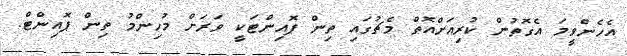
އެހެންވީމަ އެގޮތުން ކުރިއަށްއޮތް މެޗުގައި ތިން ޕޮއިންޓަކީ ވަރަށް މުހިންމު ތިން ޕޮއިންޓް.